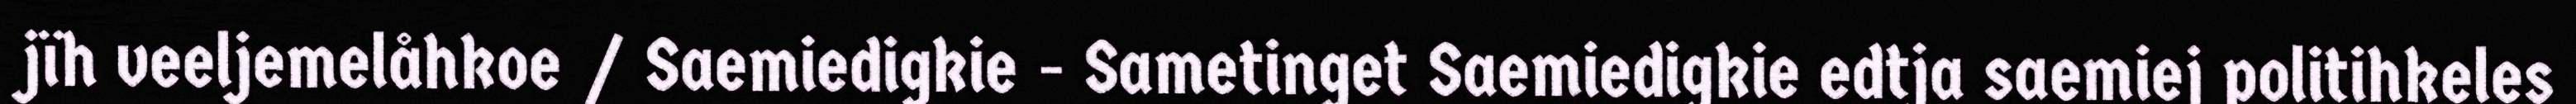
jïh veeljemelåhkoe / Saemiedigkie - Sametinget Saemiedigkie edtja saemiej politihkeles